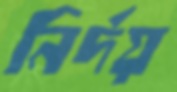
নির্দয়